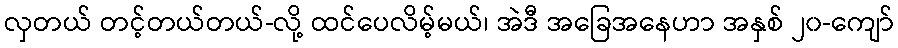
လှတယ် တင့်တယ်တယ်-လို့ ထင်ပေလိမ့်မယ်၊ အဲဒီ အခြေအနေဟာ အနှစ် ၂၀-ကျော်